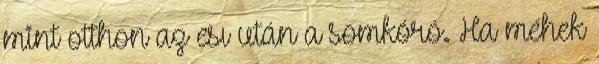
mint otthon az esı után a somkóró. Ha méhek